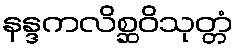
နန္ဒကလိစ္ဆဝိသုတ္တံ